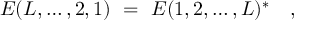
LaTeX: E ( L , \ldots , 2 , 1 ) \ = \ E ( 1 , 2 , \ldots , L ) ^ { * } \quad ,